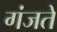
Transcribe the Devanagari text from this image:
गंजते